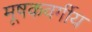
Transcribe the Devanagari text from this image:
मूषकवर्गीय